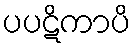
ပပဋိကာပိ